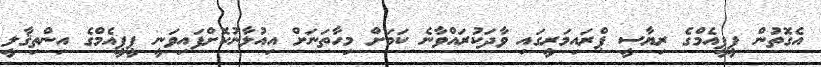
އެގޮތުން ޕީޕީއެމްގެ ރިޔާސީ ޕްރައިމަރީގައި ވާދަކުރައްވާނެ ކަމަށް މިހާތަނަށް އިއުލާނުކޮށްފައިވަނީ ޕީޕީއެމްގެ އިންތިޤާލީ